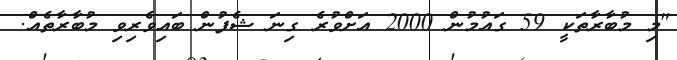
"މި މުބާރާތަކީ 59 ގައުމުން 2000 އަށްވުރެ ގިނަ ޝެފުން ބައިވެރިވި މުބާރާތެއް.